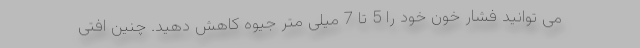
می‌ توانید فشار خون خود را 5 تا 7 میلی‌ متر جیوه کاهش دهید. چنین افتی